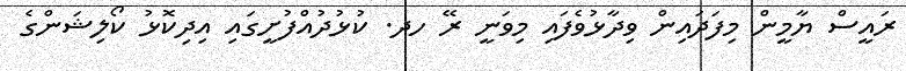
ރައީސް ޔާމީން މިފަދައިން ވިދާޅުވެފައި މިވަނީ ރޭ ހދ. ކުޅުދުއްފުށީގައި އިދިކޮޅު ކޯލިޝަންގެ